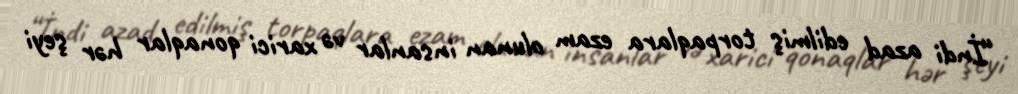
“İndi azad edilmiş torpaqlara ezam olunan insanlar və xarici qonaqlar hər şeyi